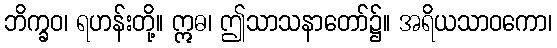
ဘိက္ခဝ၊ ရဟန်းတို့။ ဣဓ၊ ဤသာသနာတော်၌။ အရိယသာဝကော၊